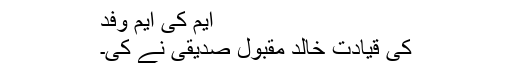
ایم کی ایم وفد
کی قیادت خالد مقبول صدیقی نے کی۔